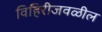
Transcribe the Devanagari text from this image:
विहिरीजवळील